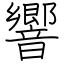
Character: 響